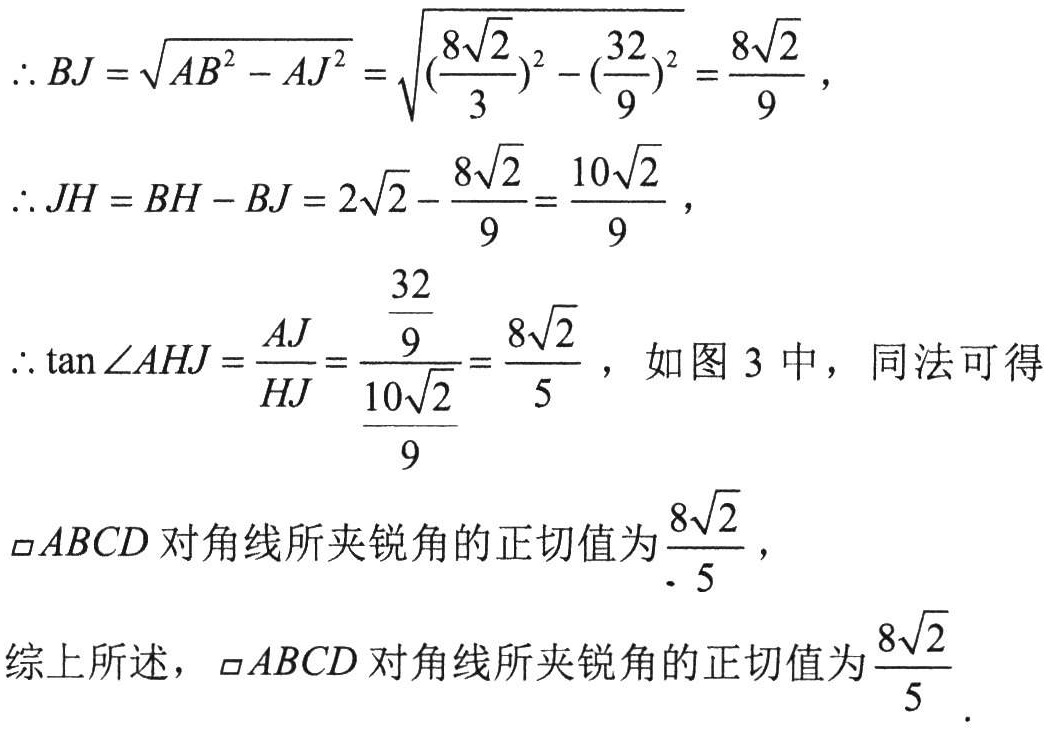
\[\begin{align*}
\therefore BJ&=\sqrt{AB^{2}-AJ^{2}}=\sqrt{\left(\frac{8\sqrt{2}}{3}\right)^{2}-\left(\frac{32}{9}\right)^{2}}=\frac{8\sqrt{2}}{9},\\
\therefore JH&=BH - BJ=2\sqrt{2}-\frac{8\sqrt{2}}{9}=\frac{10\sqrt{2}}{9},\\
\therefore \tan\angle AHJ&=\frac{AJ}{HJ}=\frac{\frac{32}{9}}{\frac{10\sqrt{2}}{9}}=\frac{8\sqrt{2}}{5},\text{ 如图 3 中，同法可得}\\
&\square ABCD\text{ 对角线所夹锐角的正切值为}\frac{8\sqrt{2}}{5},\\
\text{综上所述，}&\square ABCD\text{ 对角线所夹锐角的正切值为}\frac{8\sqrt{2}}{5}.
\end{align*}\]